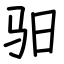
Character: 驲